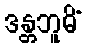
ဒန္တဘူမိံ